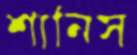
শানিস